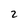
Character: 2